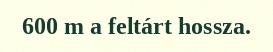
600 m a feltárt hossza.